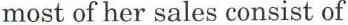
most of her sales consist of